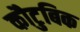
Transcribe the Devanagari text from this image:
कौटुबिक